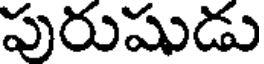
పురుషుడు